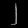
Digit: ၂